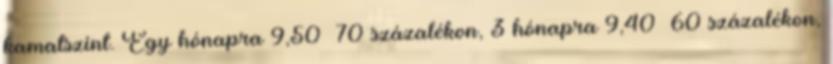
kamatszint. Egy hónapra 9,50 70 százalékon, 3 hónapra 9,40 60 százalékon,